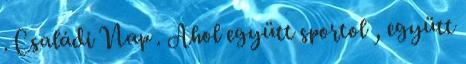
. Családi Nap . Ahol együtt sportol , együtt